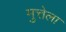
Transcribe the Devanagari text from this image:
मुत्तेला